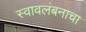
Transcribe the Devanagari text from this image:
स्वावलंबनाचा